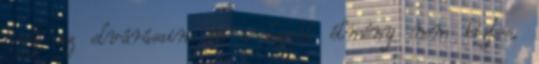
hogy az elvárásaim és a kapott élmény nem biztos,